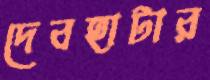
দেবহাটার